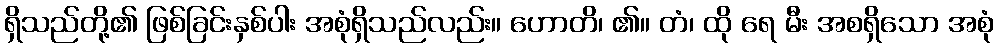
ရှိသည်တို့၏ ဖြစ်ခြင်းနှစ်ပါး အစုံရှိသည်လည်း။ ဟောတိ၊ ၏။ တံ၊ ထို ရေ မီး အစရှိသော အစုံ